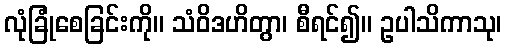
လုံခြုံစေခြင်းကို။ သံဝိဒဟိတွာ၊ စီရင်၍။ ဥပါသိကာသု၊